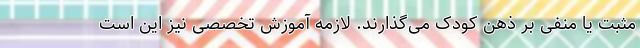
مثبت یا منفی بر ذهن کودک می‌گذارند. لازمه‌ آموزش تخصصی نیز این است